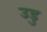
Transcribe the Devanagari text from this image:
उडु